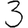
Digit: 3